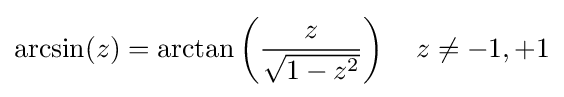
\arcsin(z)=\arctan \left({\frac {z}{\sqrt {1-z^{2}}}}\right)\quad z\neq -1,+1